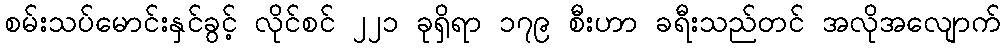
စမ်းသပ်မောင်းနှင်ခွင့် လိုင်စင် ၂၂၁ ခုရှိရာ ၁၇၉ စီးဟာ ခရီးသည်တင် အလိုအလျောက်